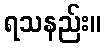
ရသနည်း။